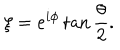
LaTeX: \xi = e ^ { i \phi } \tan { \frac { \theta } { 2 } } .